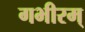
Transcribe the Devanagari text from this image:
गभीरम्